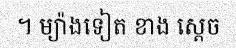
។ ម្យ៉ាងទៀត ខាង ស្តេច